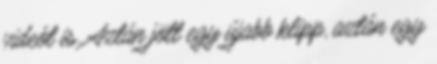
videót is. Aztán jött egy újabb klipp, aztán egy